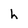
Character: h